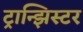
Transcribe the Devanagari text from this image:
ट्रान्झिस्टर